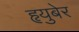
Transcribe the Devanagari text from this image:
हृयुबेर